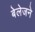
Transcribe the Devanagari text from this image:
बेलेजने